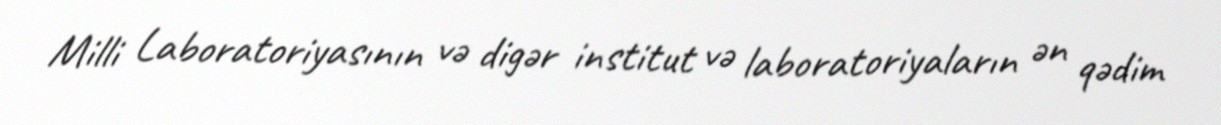
Milli Laboratoriyasının və digər institut və laboratoriyaların ən qədim